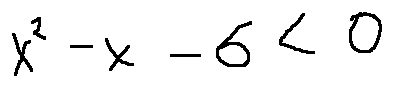
x ^ { 2 } - x - 6 < 0